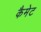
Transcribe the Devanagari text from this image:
कैमेट